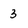
Character: 3